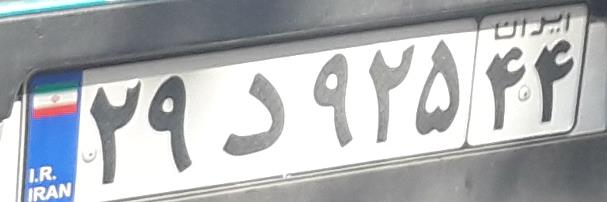
۲۹د۹۲۵۴۴